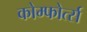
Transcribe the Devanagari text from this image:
कोम्फोर्त्स